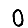
Digit: 0